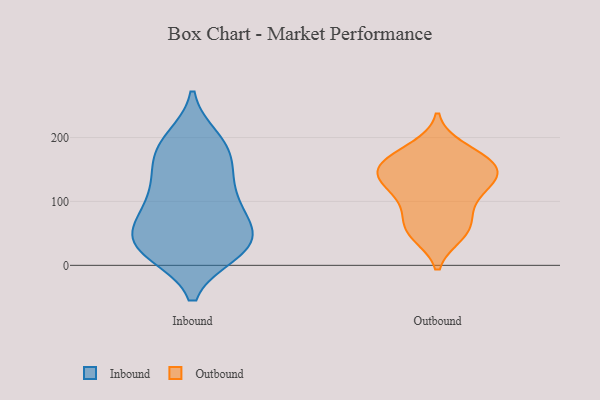
{"axis": {"x": "Shipments", "y": "Value"}, "legend": ["Inbound", "Outbound"], "data": [{"x": "", "y": 92, "type": "Inbound"}, {"x": "", "y": 177, "type": "Inbound"}, {"x": "", "y": 106, "type": "Inbound"}, {"x": "", "y": 143, "type": "Inbound"}, {"x": "", "y": 183, "type": "Inbound"}, {"x": "", "y": 154, "type": "Inbound"}, {"x": "", "y": 20, "type": "Inbound"}, {"x": "", "y": 44, "type": "Inbound"}, {"x": "", "y": 75, "type": "Inbound"}, {"x": "", "y": 49, "type": "Inbound"}, {"x": "", "y": 98, "type": "Inbound"}, {"x": "", "y": 35, "type": "Inbound"}, {"x": "", "y": 22, "type": "Inbound"}, {"x": "", "y": 20, "type": "Inbound"}, {"x": "", "y": 194, "type": "Inbound"}, {"x": "", "y": 19, "type": "Inbound"}, {"x": "", "y": 46, "type": "Inbound"}, {"x": "", "y": 133, "type": "Inbound"}, {"x": "", "y": 198, "type": "Inbound"}, {"x": "", "y": 65, "type": "Inbound"}, {"x": "", "y": 141, "type": "Outbound"}, {"x": "", "y": 100, "type": "Outbound"}, {"x": "", "y": 55, "type": "Outbound"}, {"x": "", "y": 172, "type": "Outbound"}, {"x": "", "y": 48, "type": "Outbound"}, {"x": "", "y": 123, "type": "Outbound"}, {"x": "", "y": 142, "type": "Outbound"}, {"x": "", "y": 53, "type": "Outbound"}, {"x": "", "y": 130, "type": "Outbound"}, {"x": "", "y": 97, "type": "Outbound"}, {"x": "", "y": 183, "type": "Outbound"}, {"x": "", "y": 69, "type": "Outbound"}, {"x": "", "y": 164, "type": "Outbound"}, {"x": "", "y": 164, "type": "Outbound"}, {"x": "", "y": 141, "type": "Outbound"}, {"x": "", "y": 149, "type": "Outbound"}]}